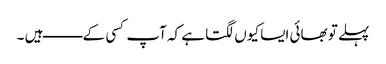
پہلے تو بھائی ایسا کیوں لگتا ہے کہ آپ کسی کے ـــــــــ ہیں ۔